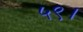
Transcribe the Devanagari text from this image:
५९।